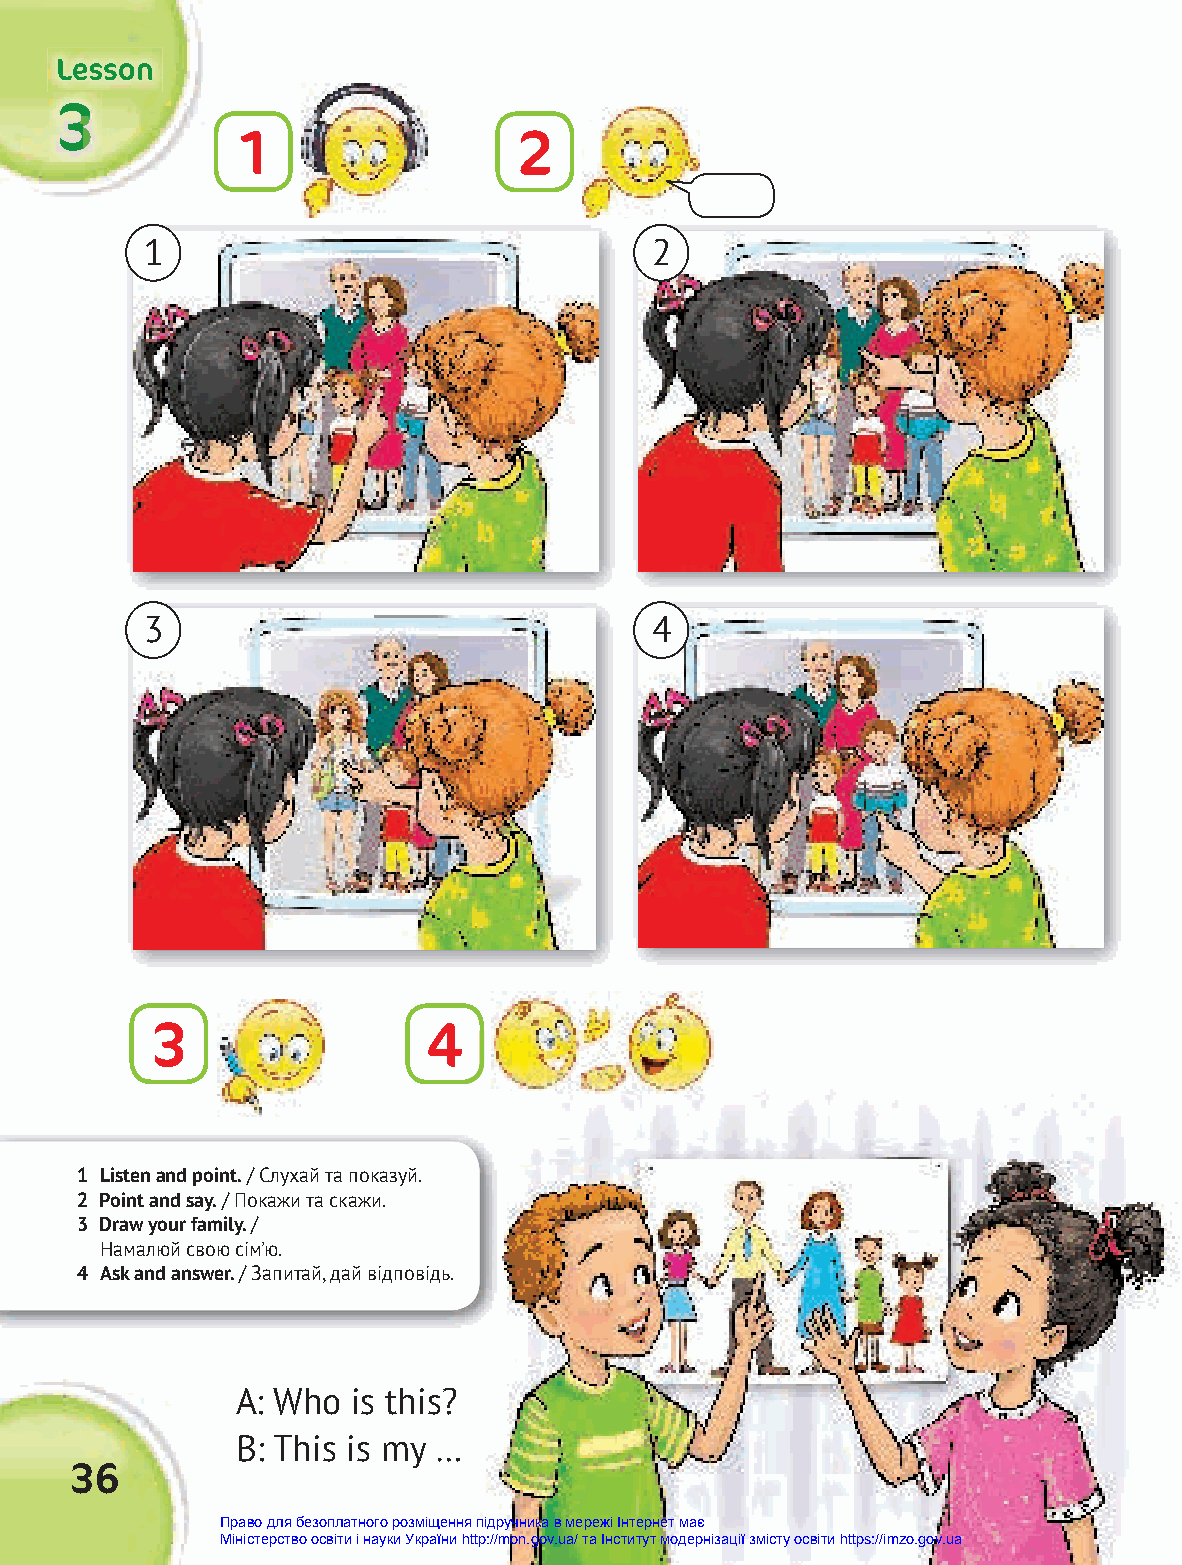
LLLeeessssssooonnn
 333
 1                 2
 1                                2
 3                                4
 3                 4
 1 Listen and point. / Слухай та показуй.
 2 Point and say. / Покажи та скажи.
 3 Draw your family. /
 Намалюй свою сім’ю.
 4 Ask and answer. / Запитай, дай відповідь.
 A: Who is this?
 B: This is my …
 36
 Право для безоплатного розміщення підручника в мережі Інтернет має
 Міністерство освіти і науки України http://mon.gov.ua/ та Інститут модернізації змісту освіти https://imzo.gov.ua